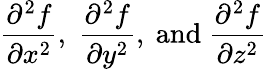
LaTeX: {\frac{\partial^{2}f}{\partial x^{2}}},\; {\frac{\partial^{2}f}{\partial y^{2}}},{\mathrm{~and~}}{\frac{\partial^{2}f}{\partial z^{2}}}